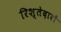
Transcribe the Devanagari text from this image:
रिश्‍तेदारों